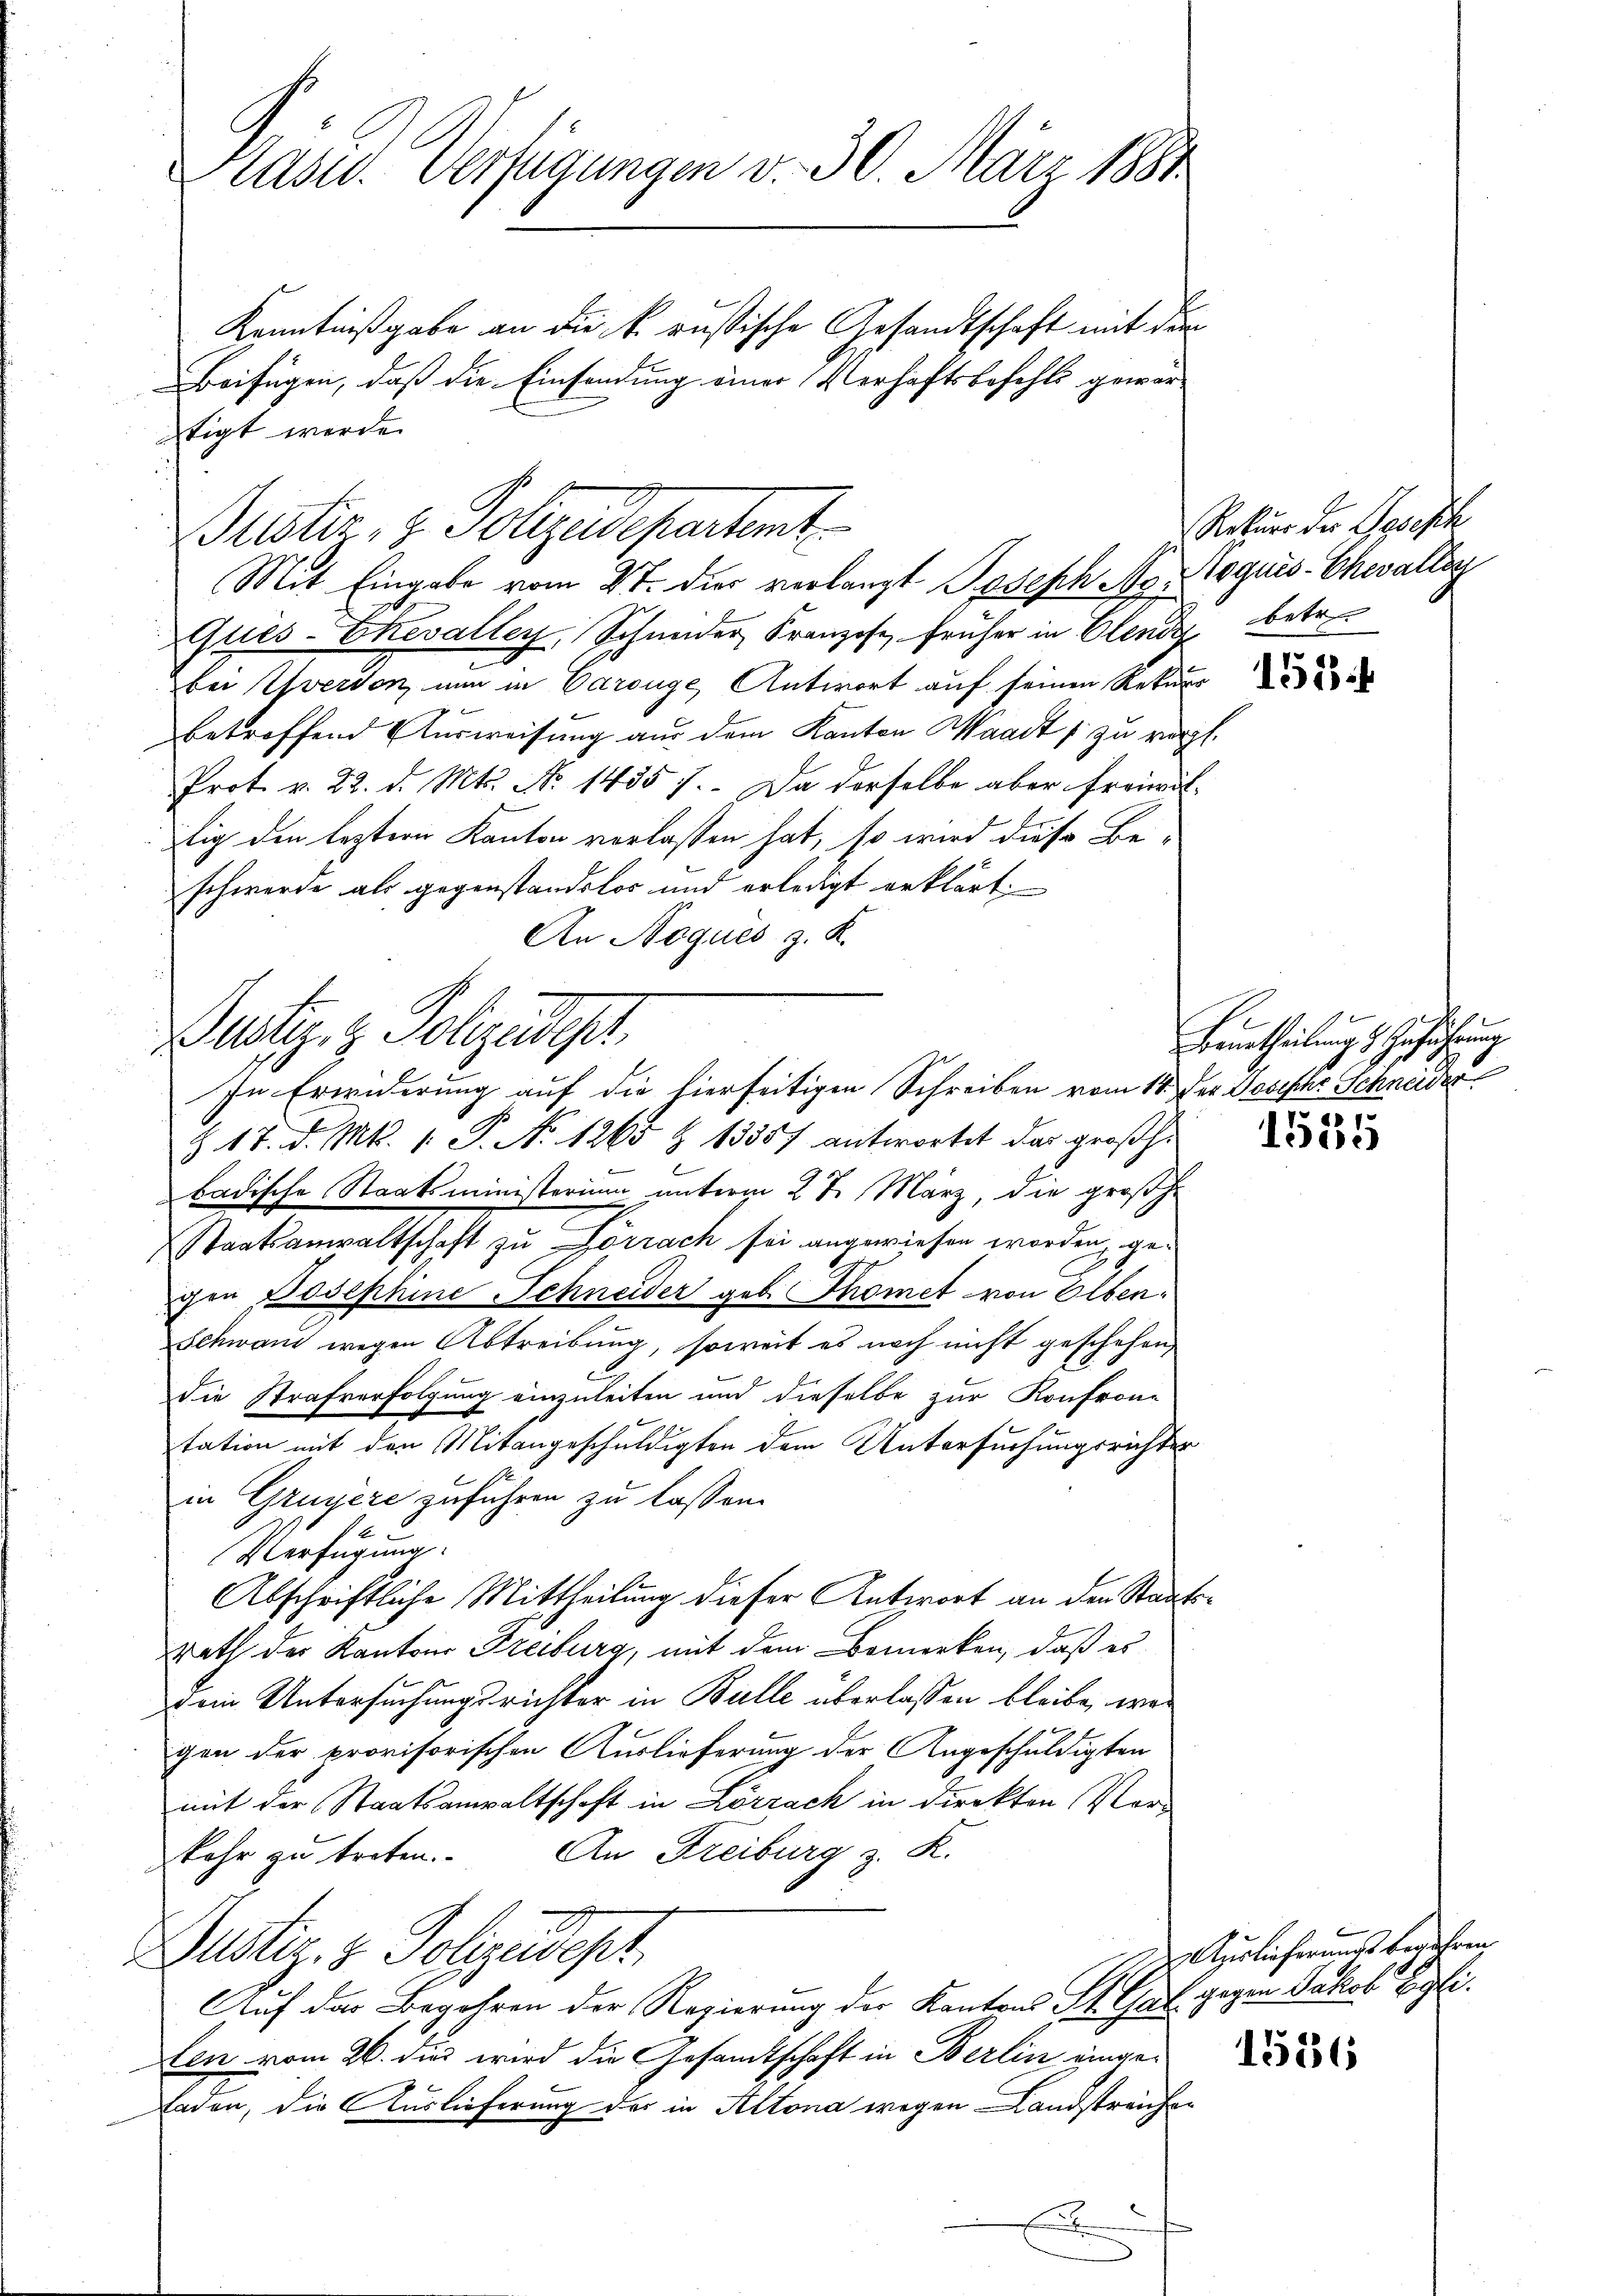
Hasu. Verfügungen v. 30. März 1881

Kenntnißgabe an die k. russische Gesandtschaft mit dem
Beifügen, daß die Einsendung einer Verhaftsbefehls gewärtigt werde.
Mit Eingabe vom 2ten die verlangt Joseph Ag. Roguis-Chwaltig
Ques-Chevalley, Schneider Franzose, früher in Elende betr.
bei verson nun in Carouge, Antwort auf seinen Rekurs
betreffend Ausweisung aus dem Kanton Waadt zu vergl.
Prot. v. 22. d. Mts. No 1435 f. Da derselbe aber freiwäl-
tig den leztern Kanton verlassen hat, so wird diese Beschwerde als gegenstandslos und erledigt erklärt,
An Noques z. K.

Justiz & Polizeidepartent

Justiz, z. Polizeidigt
In Erwiderung auf die hierseitigen Schreiben vom 18. Der Dosische Schneider

Rekurs der Losesch

§ 17. d. Mts. 1. P. No 1265 Z 13557 antwortet das großh.
badische Staatsministerium unterm 27. März, die großh.
e
Staatsanwaltschaft zu Görrach sei angewiesen worden, gegen Josephine Schneider geb. Thomet von Elben
Schwand wegen Abtreibung, soweit es noch nicht geschehen,
Die Strafverfolgung einzuleiten und dieselbe zur Konfron-
tation mit den Mitangeschuldigten dem Untersuchungsrichter
in Gruyère zuführen zu lassen.
14
Verfügung:
Abschriftliche Mittheilung dieser Antwort an den Staatsrath der Kantons Freiburg, mit dem Bemerken, daß es
dem Untersuchungsrichter in Bulle überlassen bleibe, was
gen der provisorischen Auslieferung der Angeschuldigten
mit der Staatsanwaltschaft in Lörrach in direkten Vor¬
An Freiburg z. R.
kehr zu treten.
Justiz- & Polizeidept,
Auf das Begehren der Regierung der Kantons St. Gal gegen Jakob Eglilen vom 26. dies wird die Gesandtschaft in Berlin einge¬
Laden, die Auslieferung des in Altona wegen Landstreichen
e

1534

Beurtheilungs Geführung

1555

2 erlieferungs begehren

1586